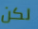
لكن